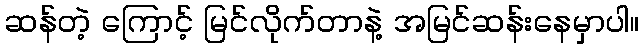
ဆန်တဲ့ ကြောင့် မြင်လိုက်တာနဲ့ အမြင်ဆန်းနေမှာပါ။